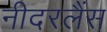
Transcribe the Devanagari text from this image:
नीदरलैंस